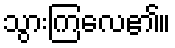
သွားကြလေ၏။